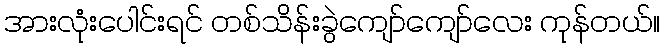
အားလုံးပေါင်းရင် တစ်သိန်းခွဲကျော်ကျော်လေး ကုန်တယ်။